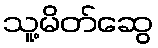
သူ့မိတ်ဆွေ